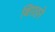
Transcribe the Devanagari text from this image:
बिग़डने